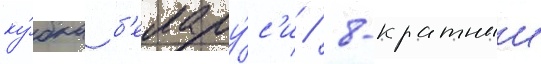
ку́бка б'елару́с'и / 8-кратныи